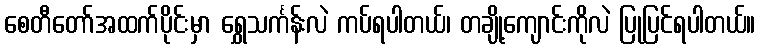
စေတီတော်အထက်ပိုင်းမှာ ရွှေသင်္ကန်းလဲ ကပ်ရပါတယ်၊ တချို့ကျောင်းကိုလဲ ပြုပြင်ရပါတယ်။